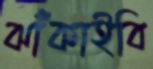
ঝাঁকাইবি